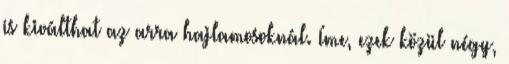
is kiválthat az arra hajlamosoknál. Íme, ezek közül négy,